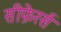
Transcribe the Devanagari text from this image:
सीफ़ेरर्स